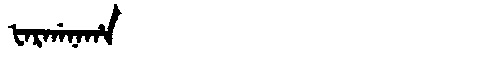
Manchu: ᡶᠠᡵᡤᠠᠨᠠᡥᠠ
Romanization: FARGANAHA